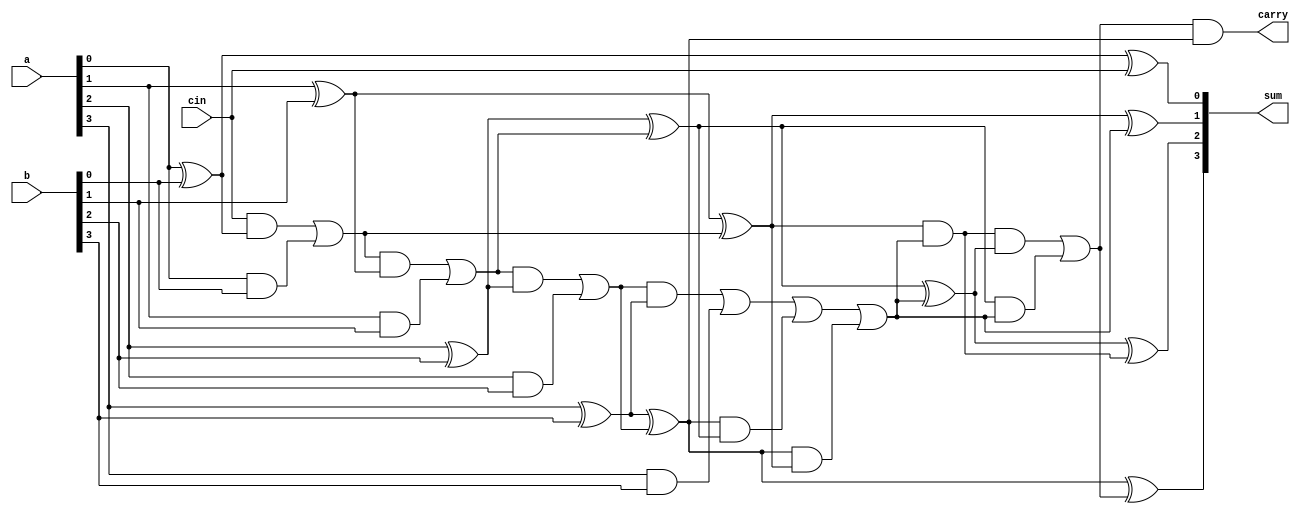
`timescale 1ns / 1ps

module bcdadd(
    input [3:0] a, b,
    input cin,
    output [3:0] sum,
    output carry
);

wire [3:0] s;
wire c1, c2, c3, k, cout;
wire C1, C2, C3, Cin;

assign s[0] = a[0] ^ b[0] ^ cin;
assign s[1] = a[1] ^ b[1] ^ c1;
assign s[2] = a[2] ^ b[2] ^ c2;
assign s[3] = a[3] ^ b[3] ^ c3;
assign c1 = (cin & (a[0] ^ b[0])) | (a[0] & b[0]);
assign c2 = (c1 & (a[1] ^ b[1])) | (a[1] & b[1]);
assign c3 = (c2 & (a[2] ^ b[2])) | (a[2] & b[2]);
assign k = (c3 & (a[3] ^ b[3])) | (a[3] & b[3]);
assign cout = k | (s[3] & s[2]) | (s[3] & s[1]);
assign Cin = 0;

assign sum[0] = s[0] ^ 0 ^ Cin;
assign sum[1] = s[1] ^ cout ^ C1;
assign sum[2] = s[2] ^ cout ^ C2;
assign sum[3] = s[3] ^ 0 ^ C3;
assign C1 = (Cin & (s[0] ^ 0)) | (s[0] & 0);
assign C2 = (C1 & (s[1] ^ cout)) | (s[1] & cout);
assign C3 = (C2 & (s[2] ^ cout)) | (s[2] & cout);
assign carry = (C3 & (s[3] ^ 0)) | (s[3] & 0);

endmodule